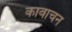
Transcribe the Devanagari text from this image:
कावाचन